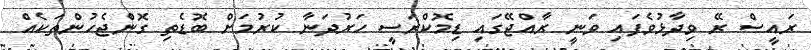
ރައީސް ރޭ ވިދާޅުވެފައި ވަނީ ރާއްޖޭގައި ޑިމޮކްރަސީ ހަރުދަނާ ކުރުމަށް ބޮޑެތި ގޮންޖެހުންތަކެއް